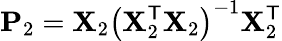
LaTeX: \mathbf{P}_{2}=\mathbf{X}_{2}\left(\mathbf{X}_{2}^{\mathsf{T}}\mathbf{X}_{2}\right)^{-1}\mathbf{X}_{2}^{\mathsf{T}}